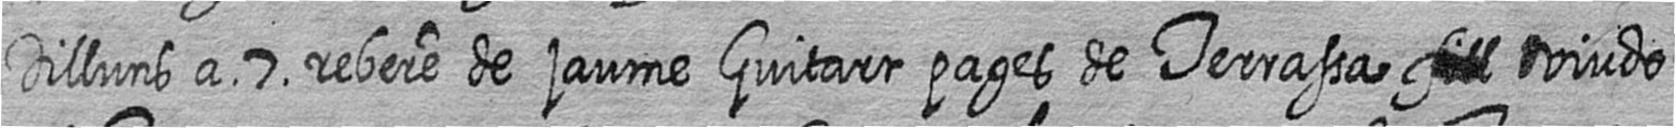
Dilluns a 7 rebere de jaume Guitart pages de Terrassa # viudo